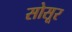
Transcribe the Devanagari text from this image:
सोसूर